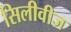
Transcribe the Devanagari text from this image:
सिलीवीज